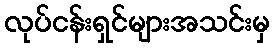
လုပ်ငန်းရှင်များအသင်းမှ